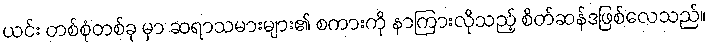
ယင်း တစ်စုံတစ်ခု မှာ ဆရာသမားများ၏ စကားကို နာကြားလိုသည့် စိတ်ဆန်ဒဖြစ်လေသည်။